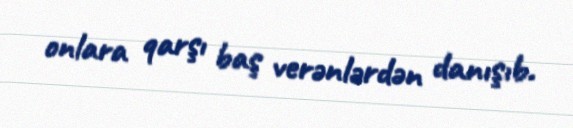
onlara qarşı baş verənlərdən danışıb.